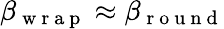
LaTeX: \beta_{\mathrm{~w~r~a~p~}}\approx\beta_{\mathrm{~r~o~u~n~d~}}